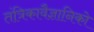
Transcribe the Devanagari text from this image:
तंत्रिकावैज्ञानिको